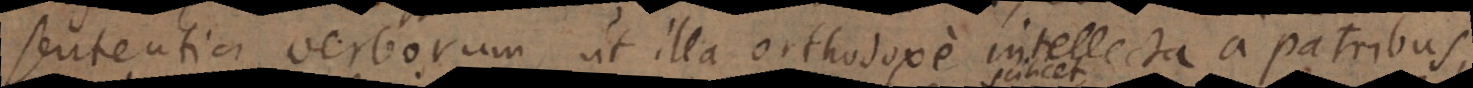
sententia verborum, ut illa orthodoxe intellecta a patribus,